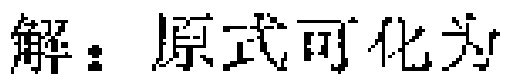
解：原式可化为